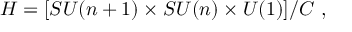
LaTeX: H = [ S U ( n + 1 ) \times S U ( n ) \times U ( 1 ) ] / C \ ,